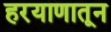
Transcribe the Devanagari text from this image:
हरयाणातून